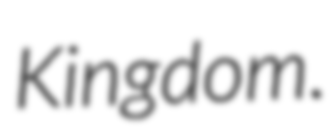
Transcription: Kingdom.